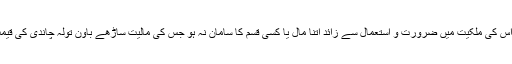
زکاۃ کے مستحق سے مراد یہ ہے کہ اس کی ملکیت میں ضرورت و استعمال سے زائد اتنا مال یا کسی قسم کا سامان نہ ہو جس کی مالیت ساڑھے باون تولہ چاندی کی قیمت تک پہنچتی ہو اور وہ سید بھی نہ ہو۔